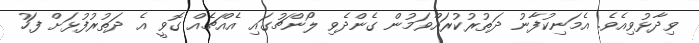
ވިދާޅުވިއެވެ. އެމަނިކުފާނު ދަތުރުކުރައްވަމުން ގެންދެވި ލޯންޗުގައި އެއްޗެއް ގޮވީ އެ ދަތުރުފުޅަށް ފަހު